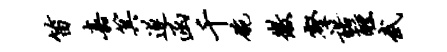
笛嘉箕遂函千碗徽壑诺醺武